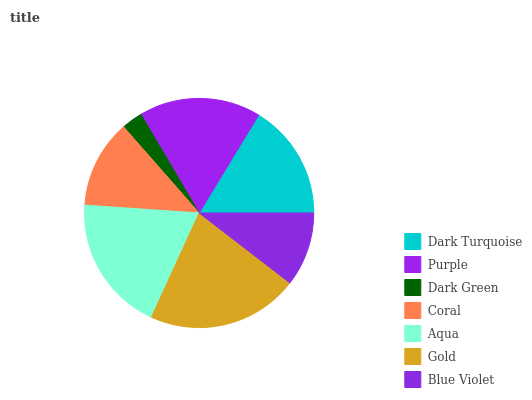
| Dark Turquoise | Purple | Dark Green | Coral | Aqua | Gold | Blue Violet |
 | --- | --- | --- | --- | --- | --- | --- |
 | 16.3% | 17.2% | 2.98% | 12.5% | 19.3% | 21.4% | 10.5% |